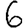
Digit: 6